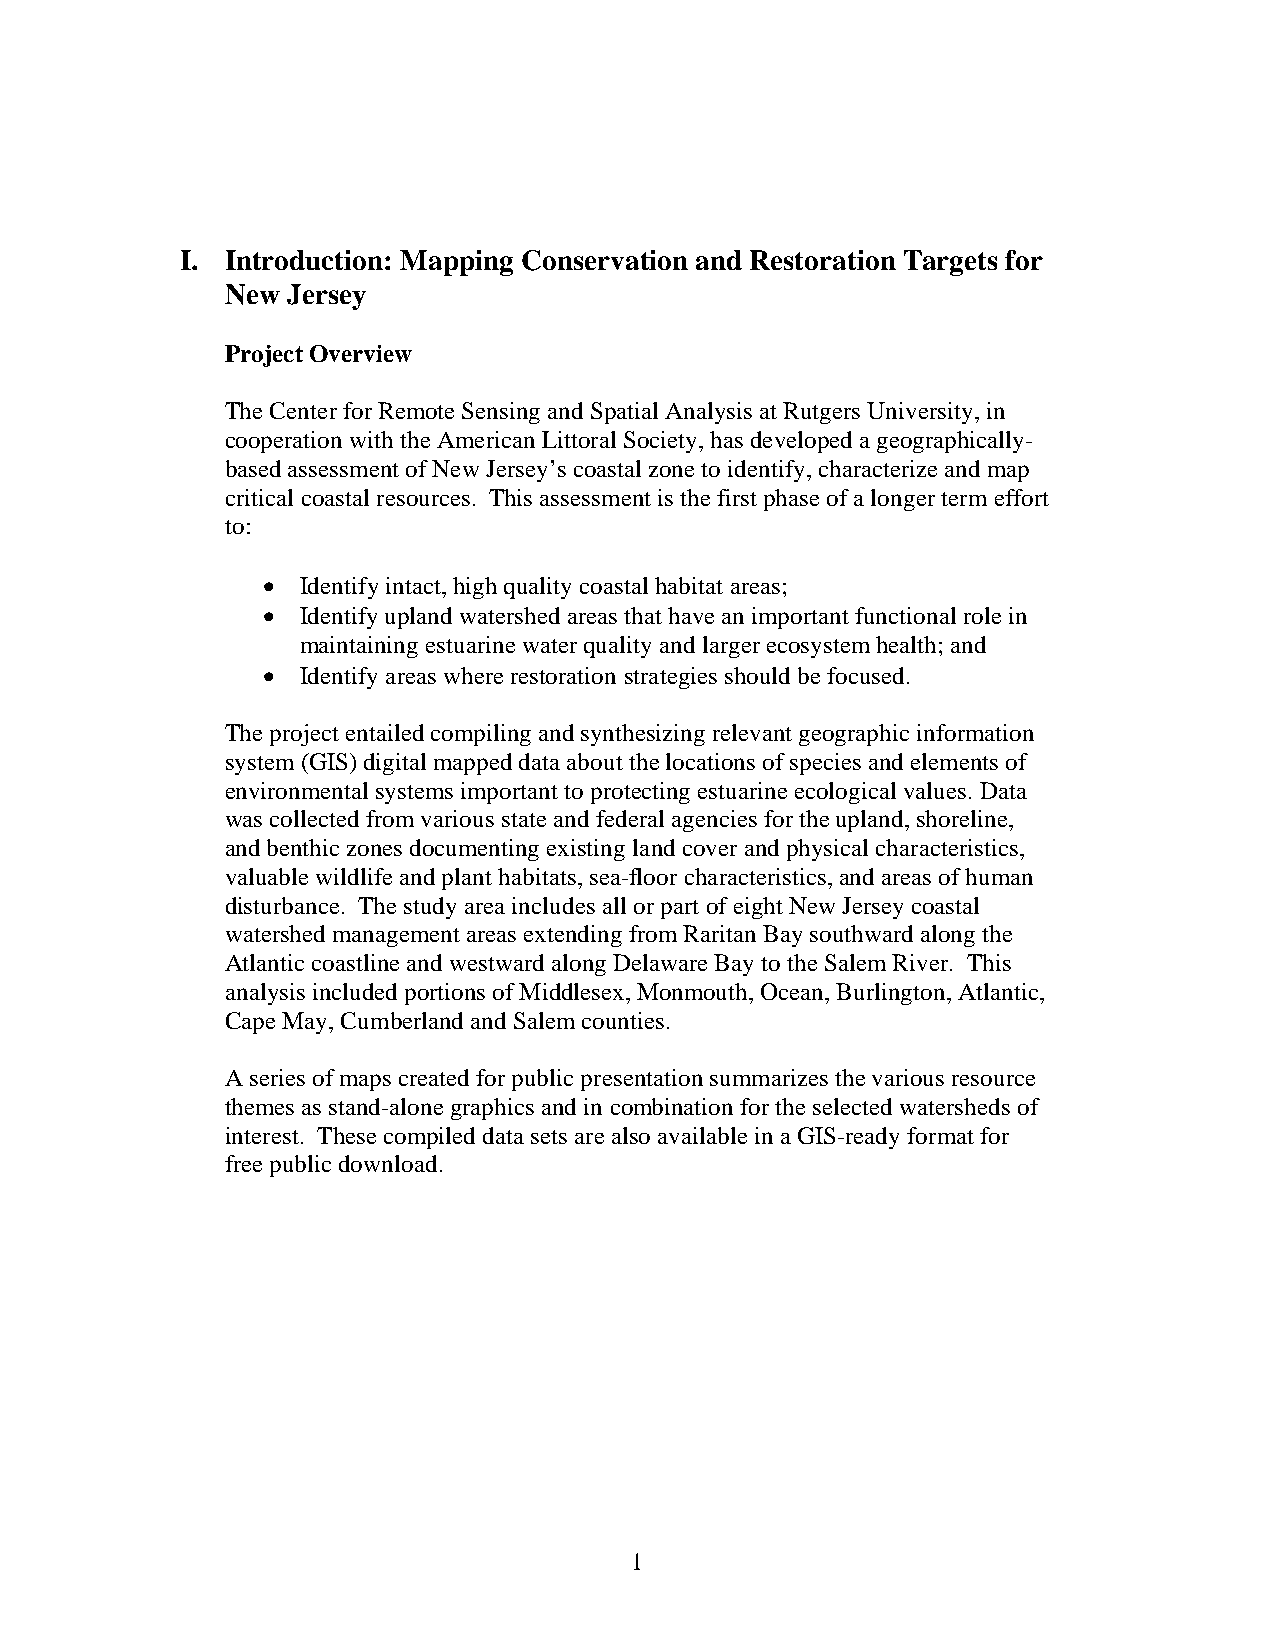
I. Introduction: Mapping Conservation and Restoration Targets for
 New Jersey
 Project Overview
 The Center for Remote Sensing and Spatial Analysis at Rutgers University, in
 cooperation with the American Littoral Society, has developed a geographically-
 based assessment of New Jersey’s coastal zone to identify, characterize and map
 critical coastal resources. This assessment is the first phase of a longer term effort
 to:
 •  Identify intact, high quality coastal habitat areas;
 •  Identify upland watershed areas that have an important functional role in
 maintaining estuarine water quality and larger ecosystem health; and
 •  Identify areas where restoration strategies should be focused.
 The project entailed compiling and synthesizing relevant geographic information
 system (GIS) digital mapped data about the locations of species and elements of
 environmental systems important to protecting estuarine ecological values. Data
 was collected from various state and federal agencies for the upland, shoreline,
 and benthic zones documenting existing land cover and physical characteristics,
 valuable wildlife and plant habitats, sea-floor characteristics, and areas of human
 disturbance. The study area includes all or part of eight New Jersey coastal
 watershed management areas extending from Raritan Bay southward along the
 Atlantic coastline and westward along Delaware Bay to the Salem River. This
 analysis included portions of Middlesex, Monmouth, Ocean, Burlington, Atlantic,
 Cape May, Cumberland and Salem counties.
 A series of maps created for public presentation summarizes the various resource
 themes as stand-alone graphics and in combination for the selected watersheds of
 interest. These compiled data sets are also available in a GIS-ready format for
 free public download.
 1